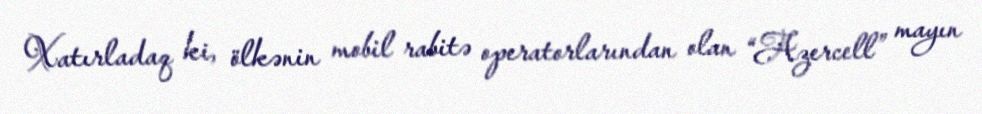
Xatırladaq ki, ölkənin mobil rabitə operatorlarından olan “Azercell” mayın